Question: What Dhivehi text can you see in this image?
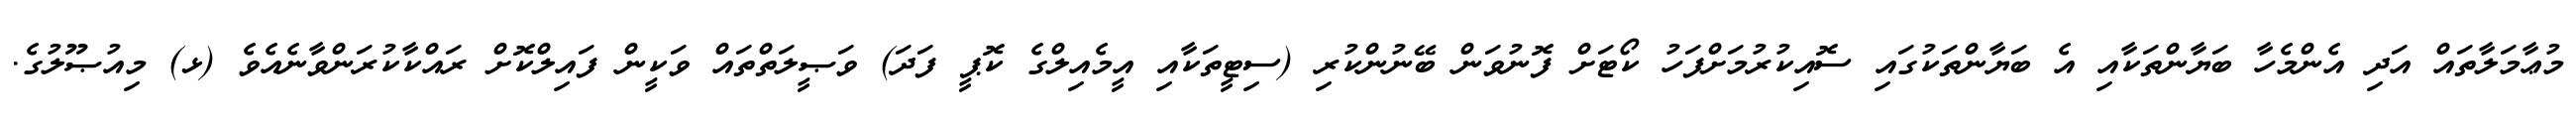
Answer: މުޢާމަލާތައް އަދި އެންމެހާ ބަޔާންތަކާއި އެ ބަޔާންތަކުގައި ސޮއިކުރުމަށްފަހު ކޯޓަށް ފޮނުވަން ބޭނުންކުރި (ސިޓީތަކާއި އީމެއިލްގެ ކޮޕީ ފަދަ) ވަޞީލަތްތައް ވަކީން ފައިލްކޮށް ރައްކާކުރަންވާނެއެވެ (ޅ) މިއުޞޫލުގެ.